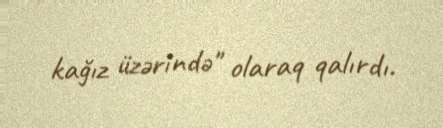
kağız üzərində" olaraq qalırdı.